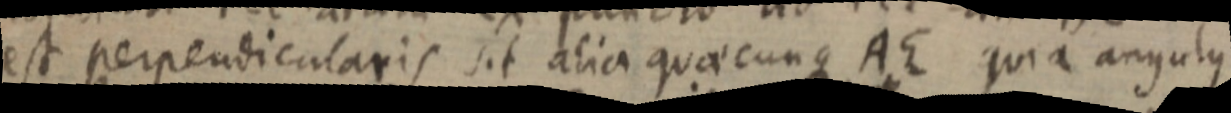
est perpendicularis sit alia quaecunque AE quia angulus